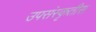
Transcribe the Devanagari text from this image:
उपसंस्कृतीस